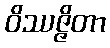
ဝိဿဇ္ဇိတာ